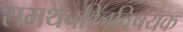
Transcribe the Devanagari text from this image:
समर्थचरित्रविषयक